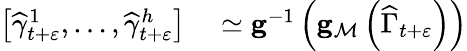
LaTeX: \begin{array}{rl}{\left[\widehat{\gamma}_{t+\varepsilon}^{1},\ldots,\widehat{\gamma}_{t+\varepsilon}^{h}\right]}&{{}\simeq\mathbf{g}^{-1}\left(\mathbf{g}_{\mathcal{M}}\left(\widehat{\Gamma}_{t+\varepsilon}\right)\right)}\end{array}